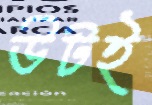
উটই